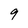
Character: 9